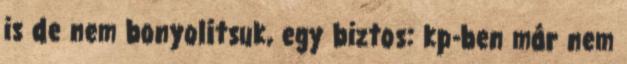
is de nem bonyolítsuk, egy biztos: kp-ben már nem